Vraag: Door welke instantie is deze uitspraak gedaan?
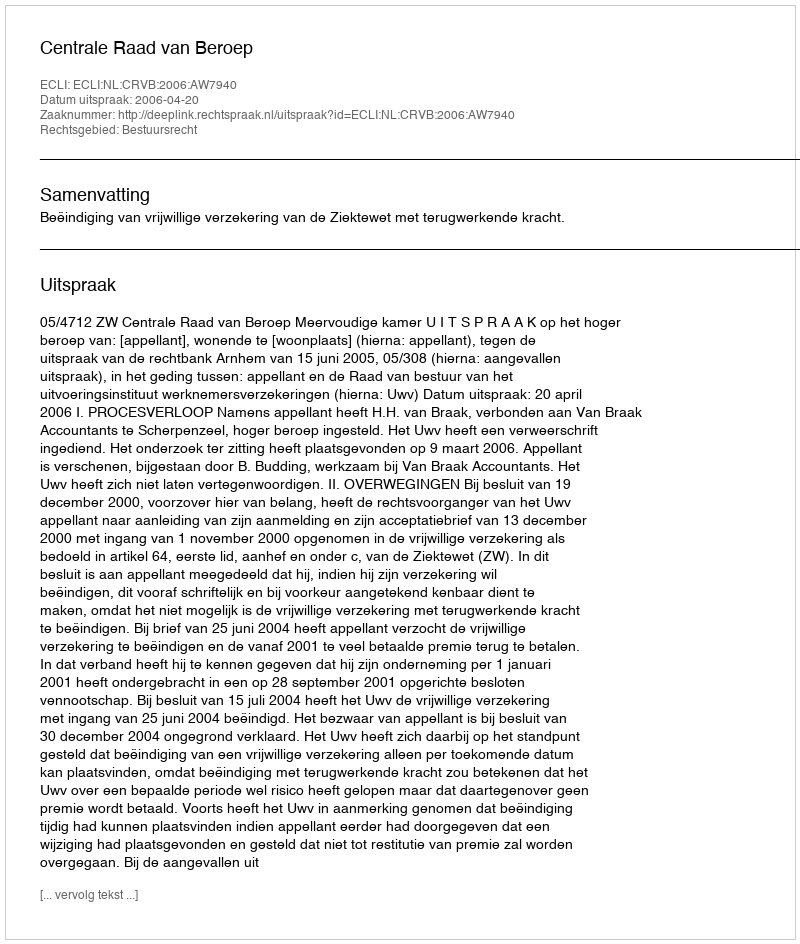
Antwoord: Centrale Raad van Beroep